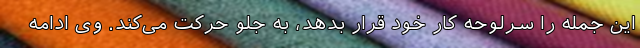
این جمله را سرلوحه کار خود قرار بدهد، به جلو حرکت می‌کند. وی ادامه